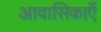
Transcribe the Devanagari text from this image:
आवासिकाएँ